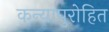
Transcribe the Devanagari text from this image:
कन्यापुरोहित